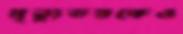
মৃত্যুভয়কেও